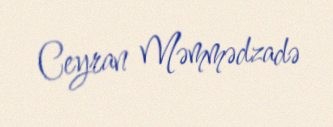
Ceyran Məmmədzadə